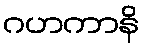
ဂဟကာနိ